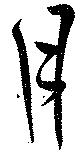
月